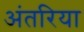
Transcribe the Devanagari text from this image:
अंतरिया